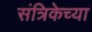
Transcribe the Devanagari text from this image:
संत्रिकेच्या